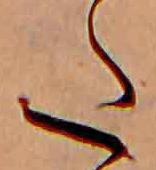
た